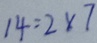
1 4 = 2 \times 7